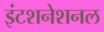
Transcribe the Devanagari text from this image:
इंटशनेशनल